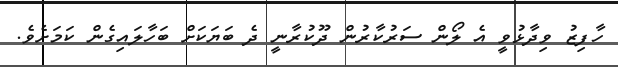
ހާފިޒު ވިދާޅުވީ އެ ލޯން ސަރުކާރުން ދޫކުރާނީ ދެ ބަޔަކަށް ބަހާލައިގެން ކަމަށެވެ.